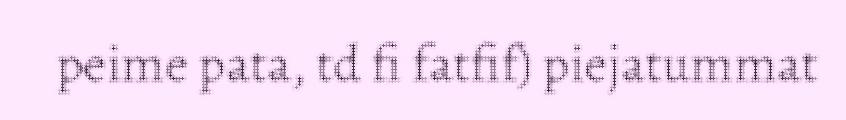
peime pata, td fi fatfif) piejatummat